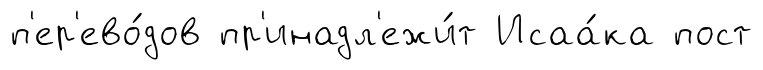
п'ер'ево́дов пр'инадл'ежи́т Исаа́ка пост